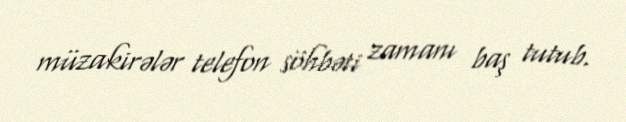
müzakirələr telefon söhbəti zamanı baş tutub.